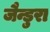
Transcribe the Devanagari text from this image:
जैन्डुरा